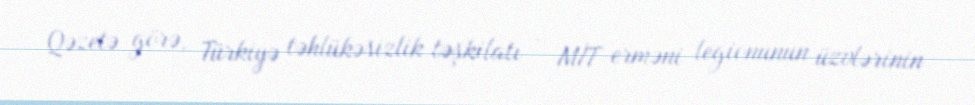
Qəzetə görə, Türkiyə təhlükəsizlik təşkilatı - MİT erməni legionunun üzvlərinin